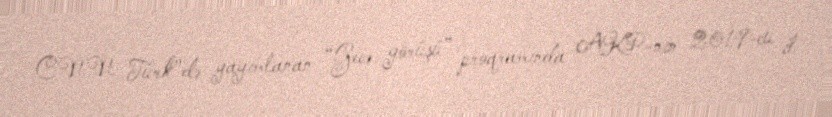
CNN Türk"də yayımlanan “Gecə görüşü” proqramında AKP-nin 2019-cu il